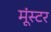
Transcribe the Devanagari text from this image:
मूंस्टर